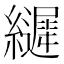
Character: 𮉙